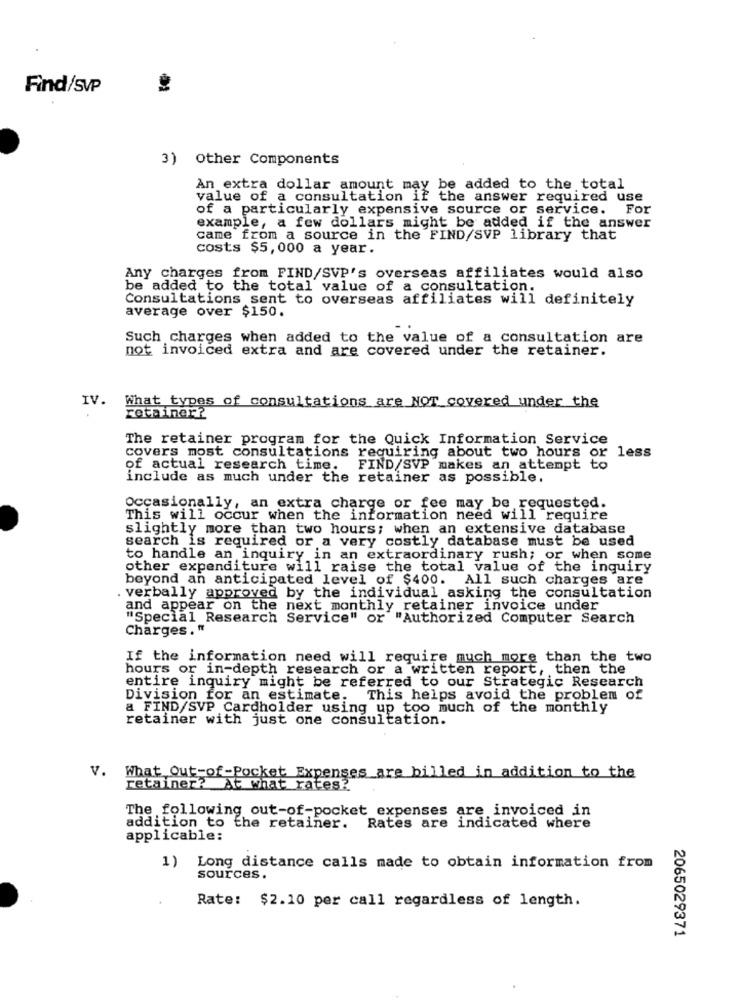
Find/SVP
3) Other Components
An extra dollar amount may be added to the total
value of a consultation if the answer required use
of a particularly expensive source or service. For
example, a few dollars might be added if the answer
came from a source in the FIND/SVP library that
costs $5,000 a year.
Any charges from FIND/SVP's overseas affiliates would also
be added to the total value of a consultation.
Consultations sent to overseas affiliates will definitely
average over $150.
Such charges when added to the value of a consultation are
not invoiced extra and are covered under the retainer.
IV.
What types of consultations are NOT covered under the
retainer?
The retainer program for the Quick Information Service
covers most consultations requiring about two hours or less
of actual research time.
FIND/SVP makes an attempt to
include as much under the retainer as possible.
Occasionally, an extra charge or fee may be requested.
This will occur when the information need will require
slightly more than two hours; when an extensive database
search is required or a very costly database must be used
to handle an inquiry in an extraordinary rush; or when some
other expenditure will raise the total value of the inquiry
beyond an anticipated level of $400. All such charges are
. verbally approved by the individual asking the consultation
and appear on the next monthly retainer invoice under
"Special Research Service" or "Authorized Computer Search
Charges."
If the information need will require much more than the two
hours or in-depth research or a written report, then the
entire inquiry might be referred to our Strategic Research
Division for an estimate. This helps avoid the problem of
a FIND/SVP Cardholder using up too much of the monthly
retainer with just one consultation.
V. What Out-of-Pocket Expenses are billed in addition to the
retainer? At what rates?
The following out-of-pocket expenses are invoiced in
addition to the retainer.
Rates are indicated where
applicable:
1)
Long distance calls made to obtain information from
sources.
Rate: $2.10 per call regardless of length.
2065029371